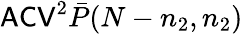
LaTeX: \mathsf{ACV}^{2}\bar{P}(N-n_{2},n_{2})